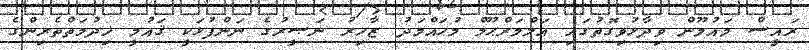
ރައީސް މައުމޫން ވިދާޅުވިގޮތުގައި އަލްމަރްޙޫމް މުޙައްމަދު ޒާހިރު ނަޞީރުގެ ނަންފުޅަކީ ޤައުމީ ޚިދުމަތްތެރިންގެ